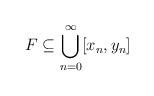
LaTeX: \begin{align*} F \subseteq \bigcup_{n=0}^\infty [x_n,y_n]\end{align*}